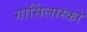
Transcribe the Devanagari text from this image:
गार्सिलास्को